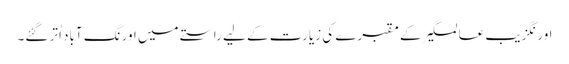
اورنگزیب عالمگیر کے مقبرے کی زیارت کے لیے راستے میں اورنگ آباد اُتر گئے۔